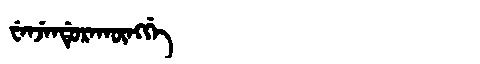
Manchu: ᠸᡝᠨᠵᡝᠨᡩᡠᡵᠠᡴᡡᠩᡤᡝ
Romanization: WENJENDURAKŪNGGE